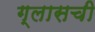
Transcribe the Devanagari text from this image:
ग्लासची